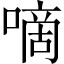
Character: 嘀